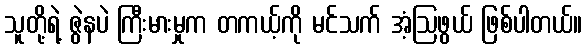
သူတို့ရဲ့ ဇွဲနပဲ ကြီးမားမှုက တကယ့်ကို မင်သက် အံ့ဩဖွယ် ဖြစ်ပါတယ်။